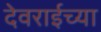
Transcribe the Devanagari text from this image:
देवराईच्या